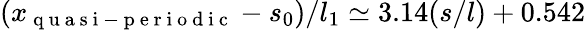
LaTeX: (x_{\mathrm{~q~u~a~s~i~-~p~e~r~i~o~d~i~c~}}-s_{0})/l_{1}\simeq 3.14(s/l)+0.542